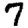
Digit: 7